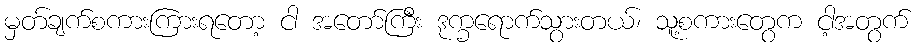
မှတ်ချက်စကားကြားရတော့ ငါ အတော်ကြီး ဒုက္ခရောက်သွားတယ်၊ သူ့စကားတွေက ငါ့အတွက်